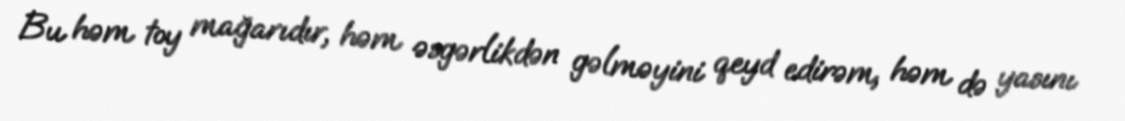
Bu həm toy mağarıdır, həm əsgərlikdən gəlməyini qeyd edirəm, həm də yasını